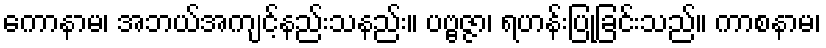
ကောနာမ၊ အဘယ်အကျင့်နည်းသနည်း။ ပဗ္ဗဇ္ဇာ၊ ရဟန်းပြုခြင်းသည်။ ကာစနာမ၊